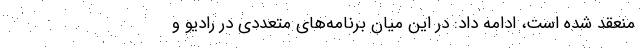
منعقد شده است، ادامه داد: در این میان برنامه‌های متعددی در رادیو و